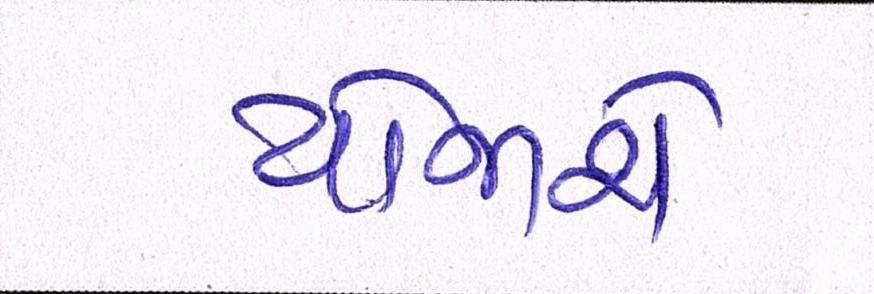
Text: યોજાશે